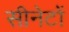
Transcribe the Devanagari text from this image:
सीनेटों